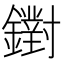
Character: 鑆